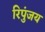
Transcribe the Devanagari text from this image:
रिपुंजय